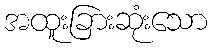
အထူးခြားဆုံးသော